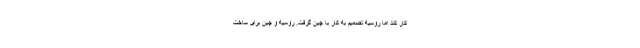
کار کند اما روسیه تصمیم به کار با چین گرفت. روسیه و چین برای ساخت